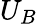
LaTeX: U_{B}